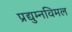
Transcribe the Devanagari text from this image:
प्रद्युम्नविमल